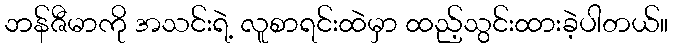
ဘန်ဇီမာကို အသင်းရဲ့ လူစာရင်းထဲမှာ ထည့်သွင်းထားခဲ့ပါတယ်။